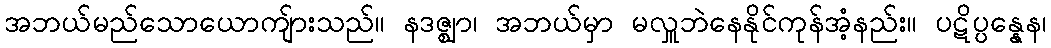
အဘယ်မည်သောယောကျ်ားသည်။ နဒဇ္ဈာ၊ အဘယ်မှာ မလှူဘဲနေနိုင်ကုန်အံ့နည်း။ ပဋိပ္ပန္နေန၊